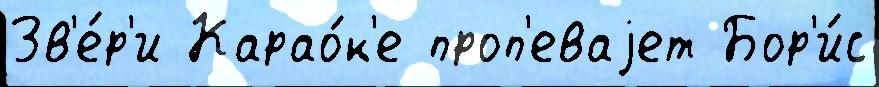
Зв'е́р'и Карао́к'е проп'еваjет Бор'и́с